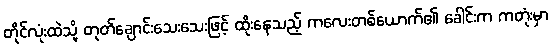
တိုင်လုံးထဲသို့ တုတ်ချောင်းသေးသေးဖြင့် ထိုးနေသည့် ကလေးတစ်ယောက်၏ ခေါင်းက ကတုံးမှာ